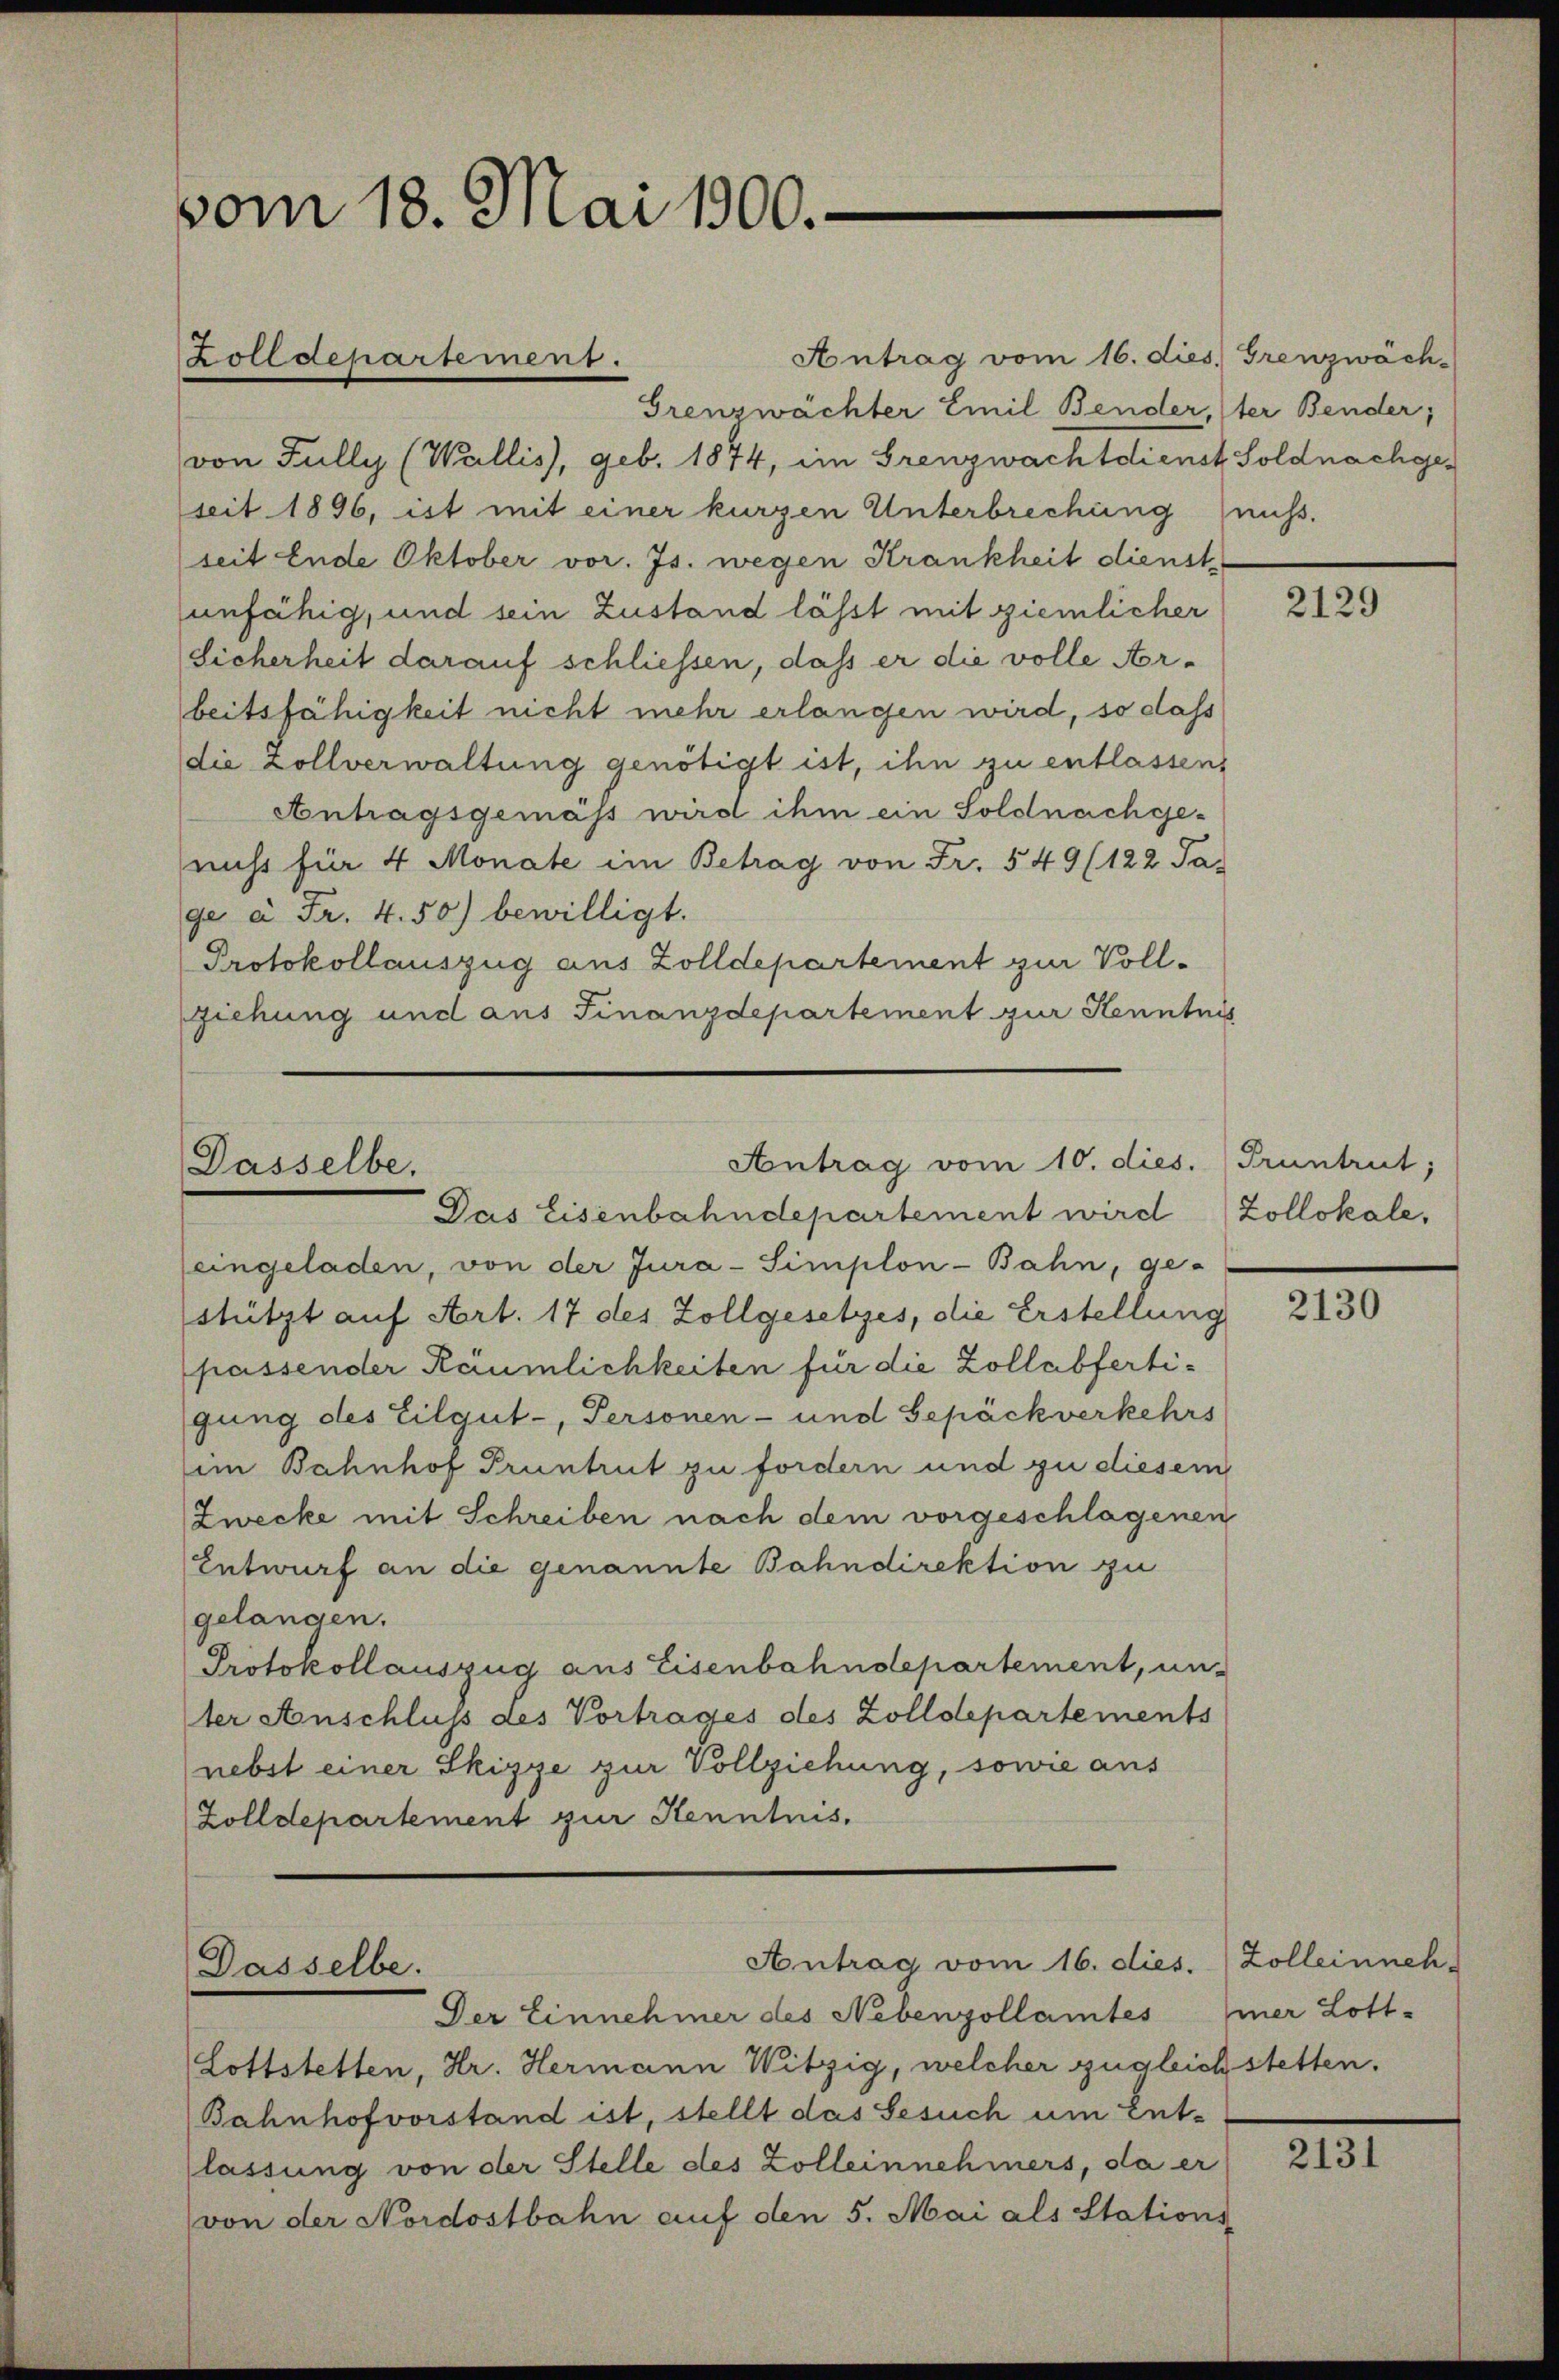
vom 18. Mai 1900.

Zolldepartement.

Antrag vom 16. dies, Grenzwäch-
Grenzwächter Emil Bender, (der Bender;
von Fully (Wallis, geb. 1874, im Grenzwachtdienst Soldnachgeseit 1896, ist mit einer kurzen Unterbrechung nuss.
seit Ende Oktober vor. Js. wegen Krankheit dienst
sunfähig, und sein Zustand lässt mit ziemlicher
Sicherheit darauf schliessen, dass er die volle Arbeitsfähigkeit nicht mehr erlangen wird, so dass
die Zollverwaltung genötigt ist, ihn zu entlassen,
Antragsgemäss wird ihm ein Soldnachgenicht für 4 Monate im Betrag von Fr. 549 (122 Ja
ge à Fr. 4. 50) bewilligt.
Protokollauszug aus Zolldepartement zur Vollziehung und aus Finanzdepartement zur Kenntnis

Antrag vom 10. dies. Pruntrut;
Dasselbe.
Das Eisenbahndepartement wird (Zollokale,

eingeladen, von der Jura-Simplon-Bahn, ge-
stützt auf Art. 17 des Zollgesetzes, die Erstellung
passender Räumlichkeiten für die Zollabfertigung des Eilgut-, Personen- und Gepäckverkehrs
im Bahnhof Pruntrut zu fordern und zu diesem
Zwecke mit Schreiben nach dem vorgeschlagenen
Entwurf an die genannte Bahndirektion zu
gelangen.
Protokollauszug aus Eisenbahndepartement, unter Anschluss des Vortrages des Zolldepartements
nebst einer Skizze zur Vollziehung, sowie aus
Zolldepartement zur Kenntnis.

Dasselbe.

Antrag vom 16. dies. Zolleinneh-

Der Einnehmer des Nebenzollamtes
Lottstetten, Hr. Hermann Witzig, welcher zugleich stetten.
Bahnhofvorstand ist, stellt das Gesuch um Ent-
lassung von der Stelle des Zollernehmers, da er
von der Nordostbahn auf den 5. Mai als Stations-

2129

2130

mer Lott-

2131